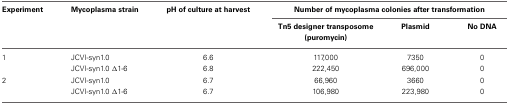
| Experiment | Mycoplasma strain | pH of culture at harvest | <COLSPAN=3> Number of mycoplasma colonies after transformation |
 |  |  |  | Tn5 designer transposome (puromycin) | Plasmid | No DNA |
 | --- | --- | --- | --- | --- | --- |
 | 1 | JCVI-syn1.0 | 6.6 | 117,000 | 7350 | 0 |
 |  | JCVI-syn1.0 Δ1-6 | 6.8 | 222,450 | 696,000 | 0 |
 | 2 | JCVI-syn1.0 | 6.7 | 66,960 | 3660 | 0 |
 |  | JCVI-syn1.0 Δ1-6 | 6.7 | 106,980 | 223,980 | 0 |